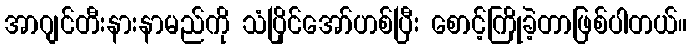
အာဂျင်တီးနားနာမည်ကို သံပြိုင်အော်ဟစ်ပြီး စောင့်ကြိုခဲ့တာဖြစ်ပါတယ်။